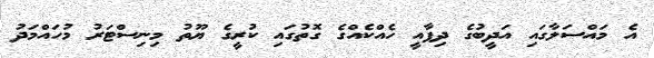
އެ މައްސަލާގައި އަދީބުގެ ދިފާއީ ހެއްކެއްގެ ގޮތުގައި ކުރީގެ ޔޫތު މިނިސްޓަރު މުހައްމަދު